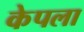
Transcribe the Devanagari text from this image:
केपला